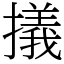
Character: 㩘